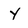
Character: y